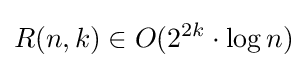
R(n,k)\in O(2^{2k}\cdot \log {n})